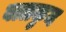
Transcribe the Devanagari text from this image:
बालकुम